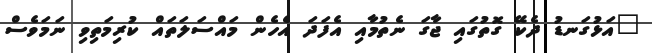
"އަޅުގަނޑު ދެކޭ ގޮތުގައި ޖާގަ ނެތުމާއި އެފަދަ އެހެން މައްސަލަތައް ކުރިމަތިވި ނަމަވެސް